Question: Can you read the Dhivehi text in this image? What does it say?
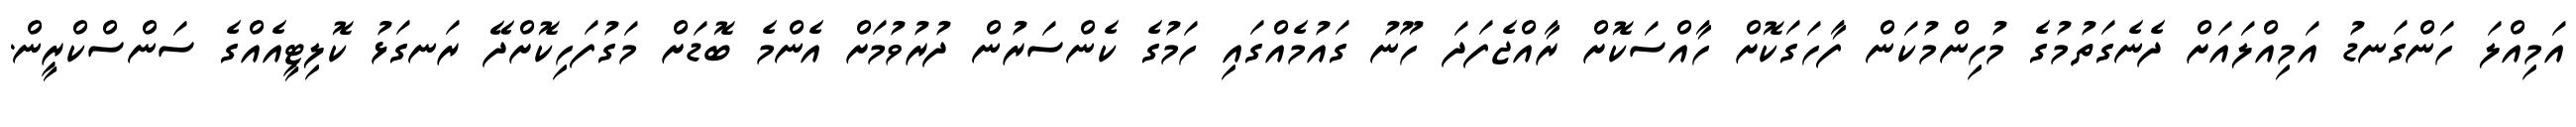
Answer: އަމިއްލަ ހަންގަނޑު އަމިއްލައަށް ދެނެގަތުމުގެ މުހިންމުކަން ފާހަގަކޮށް ހާއްސަކޮށް ރާއްޖެފަދަ ހޫނު ގައުމެއްގައި ހަމުގެ ކެންސަރުން ދުރުވުމަށް އެންމެ ބޮޑަށް މަގުފަހިކޮށްދޭ ރަނގަޅު ކޮލިޓީއެއްގެ ސަންސްކްރީން.